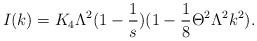
LaTeX: \begin{align*}I(k)=K_4\Lambda^{2}(1-\frac{1}{s})(1-\frac{1}{8}\Theta^2\Lambda^2 k^2).\end{align*}